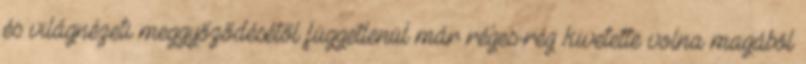
és világnézeti meggyőződésétől függetlenül már réges-rég kivetette volna magából